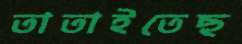
তাতাইতেছ